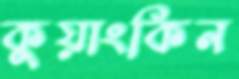
কুয়াংকিন